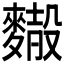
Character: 𪍢